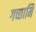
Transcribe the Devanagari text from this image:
गच्छामि